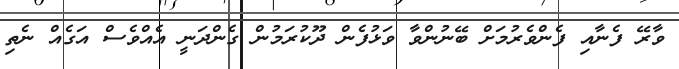
ވާރޭ ފެނާއި ފެންވެރުމަށް ބޭނުންވާ ވަޅުފެން ދޫކުރަމުން ގެންދަނީ އެއްވެސް އަގެއް ނެތި